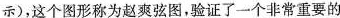
示)，这个图形称为赵爽弦图，验证了一个非常重要的